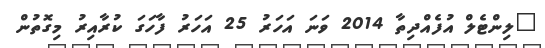
"ލިންޓެލް އުފެއްދިތާ 2014 ވަނަ އަހަރު 25 އަހަރު ފާހަގަ ކުރާއިރު މިގޮތުން